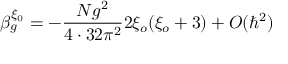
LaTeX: \beta _ { g } ^ { \xi _ { 0 } } = - \frac { N g ^ { 2 } } { 4 \cdot 3 2 \pi ^ { 2 } } 2 \xi _ { o } ( \xi _ { o } + 3 ) + O ( \hbar ^ { 2 } )